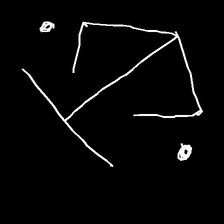
Glyph: earth